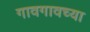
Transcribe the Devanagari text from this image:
गावगावच्या